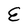
Character: E